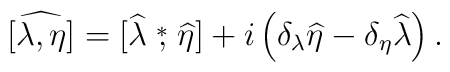
\widehat{[\lambda,\eta]}=[\widehat\lambda\stackrel{*}{,}\widehat\eta]+i\left(\delta_\lambda\widehat\eta-\delta_\eta\widehat\lambda\right).